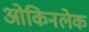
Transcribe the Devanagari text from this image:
ओकिनलेक